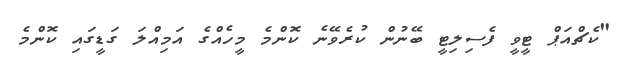
"ކެޗްއަޕް ޓީވީ ފެސިލިޓީ ބޭނުން ކުރެވޭނެ ކޮންމެ މީހެއްގެ އަމިއްލަ ގަޑީގައި ކޮންމެ